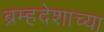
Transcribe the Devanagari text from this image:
ब्रम्हदेशाच्या